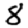
Digit: 8